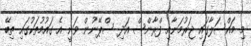
މި މައްސަލާގައި ޖަރުމަނާއި ފްރާންސް އަދި ސްޕޭނުން ވަނީ އެ ގައުމުތަކުގައި ތިބޭ